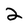
Character: 2